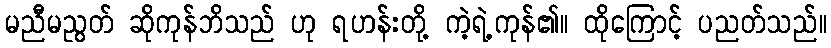
မညီမညွတ် ဆိုကုန်ဘိသည် ဟု ရဟန်းတို့ ကဲ့ရဲ့ကုန်၏။ ထိုကြောင့် ပညတ်သည်။